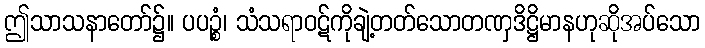
ဤသာသနာတော်၌။ ပပဉ္စံ၊ သံသရာဝဋ်ကိုချဲ့တတ်သောတဏှဒိဋ္ဌိမာနဟုဆိုအပ်သော